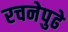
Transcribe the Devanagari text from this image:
रचनेपुढे